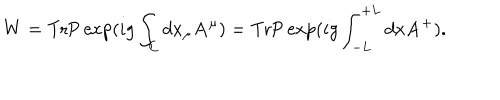
W = \mathrm { T r } \mathrm { { P } } \exp ( i g \int _ { \mathrm { C } } d x _ { \mu } { \bf A } ^ { \mu } ) = \mathrm { T r } \mathrm { { P } } \exp ( i g \int _ { - L } ^ { + L } d x { \bf A } ^ { + } ) .